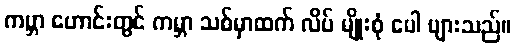
ကမ္ဘာ ဟောင်းတွင် ကမ္ဘာ သစ်မှာထက် လိပ် မျိုးစုံ ပေါ များသည်။